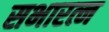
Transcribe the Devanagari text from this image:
सभारत्न